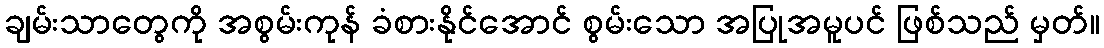
ချမ်းသာတွေကို အစွမ်းကုန် ခံစားနိုင်အောင် စွမ်းသော အပြုအမူပင် ဖြစ်သည် မှတ်။